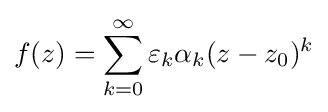
f(z)=\sum _{k=0}^{\infty }\varepsilon _{k}\alpha _{k}(z-z_{0})^{k}